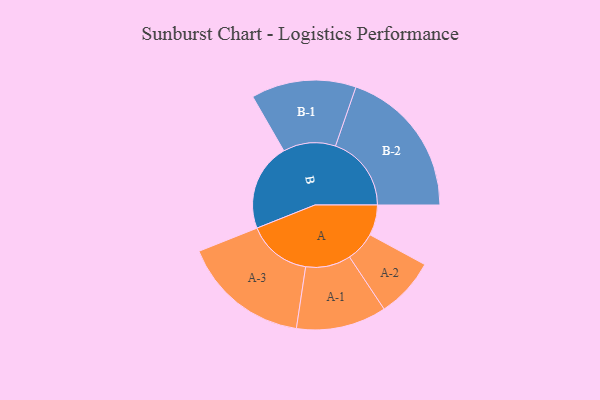
{"axis": {"x": "Segment", "y": "Value"}, "legend": ["", "A", "B"], "data": [{"x": "A", "y": 112, "type": ""}, {"x": "B", "y": 322, "type": ""}, {"x": "A-1", "y": 166, "type": "A"}, {"x": "A-2", "y": 110, "type": "A"}, {"x": "A-3", "y": 235, "type": "A"}, {"x": "B-1", "y": 193, "type": "B"}, {"x": "B-2", "y": 279, "type": "B"}]}